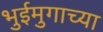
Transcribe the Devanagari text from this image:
भुईमुगाच्या